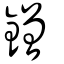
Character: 鏳